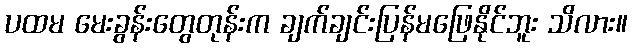
ပထမ မေးခွန်းတွေတုန်းက ချက်ချင်းပြန်မဖြေနိုင်ဘူး သိလား။